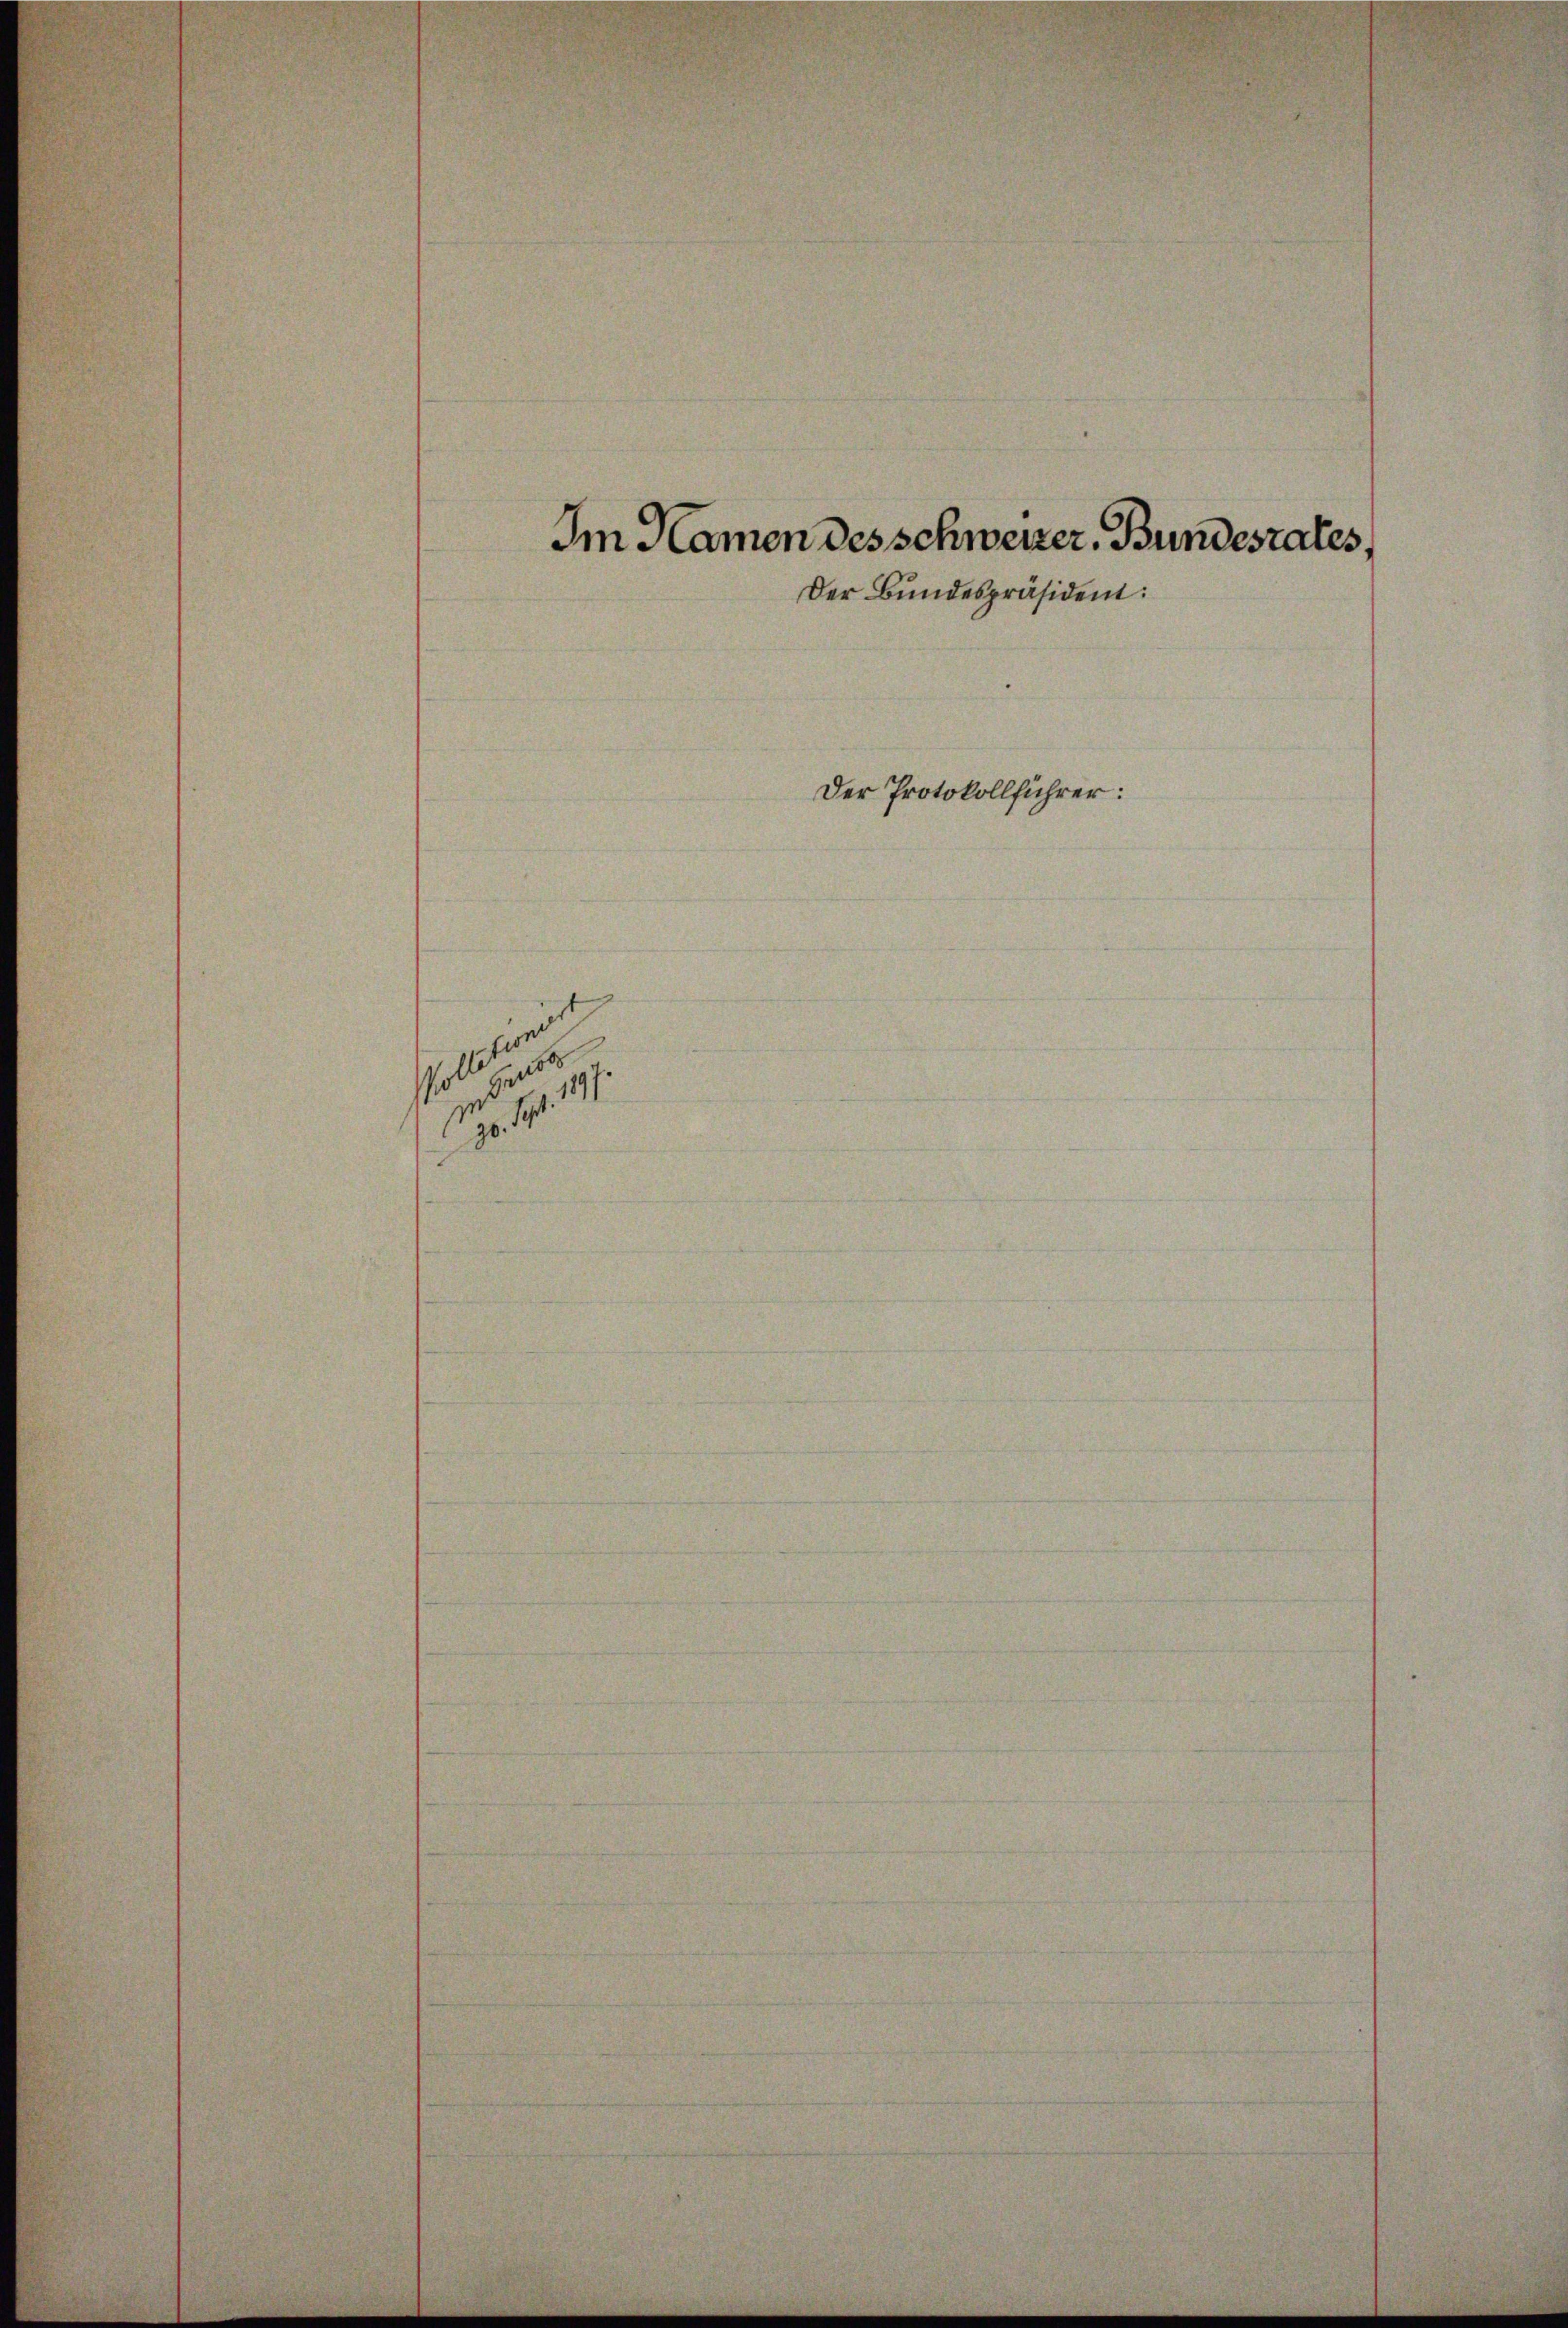
t
 . . .

Im Namen des Schweizer. Bundesrates,
Der Bundespräsident:

Der Protokollführer: